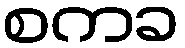
စကခ